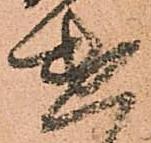
遣